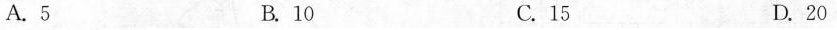
A.5 B.10 C.15 D.20